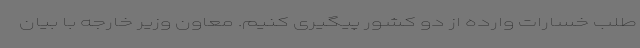
طلب خسارات وارده از دو کشور پیگیری کنیم. معاون وزیر خارجه با بیان